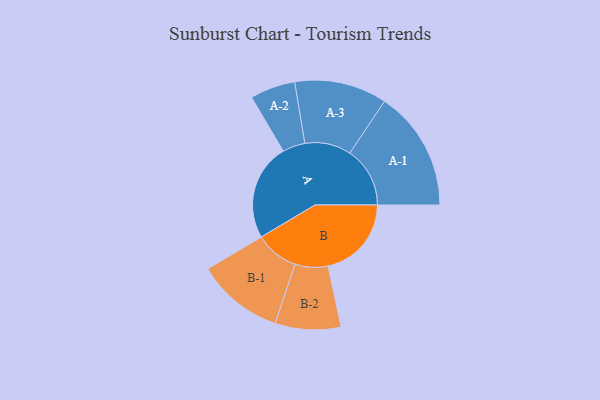
{"axis": {"x": "Segment", "y": "Value"}, "legend": ["", "A", "B"], "data": [{"x": "A", "y": 453, "type": ""}, {"x": "B", "y": 391, "type": ""}, {"x": "A-1", "y": 282, "type": "A"}, {"x": "A-2", "y": 106, "type": "A"}, {"x": "A-3", "y": 217, "type": "A"}, {"x": "B-1", "y": 204, "type": "B"}, {"x": "B-2", "y": 154, "type": "B"}]}